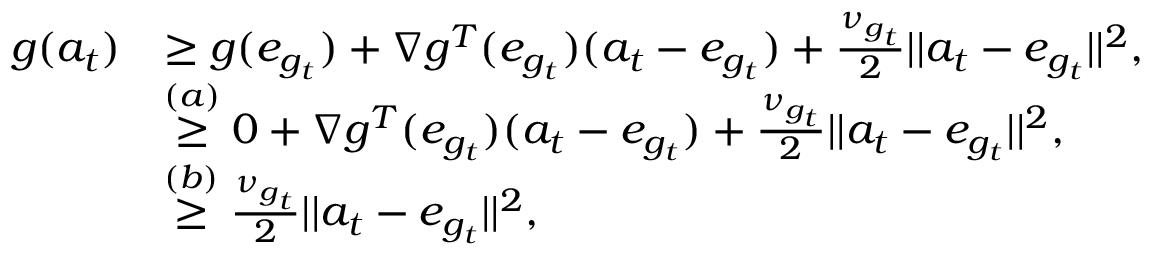
\begin{array} { r l } { g ( a _ { t } ) } & { \ge g ( e _ { g _ { t } } ) + \nabla g ^ { T } ( e _ { g _ { t } } ) ( a _ { t } - e _ { g _ { t } } ) + \frac { \nu _ { g _ { t } } } { 2 } | | a _ { t } - e _ { g _ { t } } | | ^ { 2 } , } \\ & { \stackrel { ( a ) } \ge 0 + \nabla g ^ { T } ( e _ { g _ { t } } ) ( a _ { t } - e _ { g _ { t } } ) + \frac { \nu _ { g _ { t } } } { 2 } | | a _ { t } - e _ { g _ { t } } | | ^ { 2 } , } \\ & { \stackrel { ( b ) } \ge \frac { \nu _ { g _ { t } } } { 2 } | | a _ { t } - e _ { g _ { t } } | | ^ { 2 } , } \end{array}